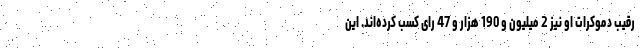
رقیب دموکرات او نیز 2 میلیون و 190 هزار و 47 رای کسب کرده‌اند. این